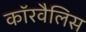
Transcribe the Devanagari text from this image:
कॉरवैलिस